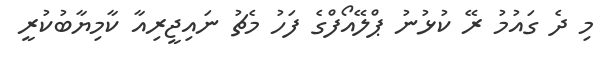
މި ދެ ގައުމު ރޭ ކުޅުނު ޕްލޭއޯފްގެ ފަހު މެޗު ނައިޖީރިއާ ކާމިޔާބުކުރީ